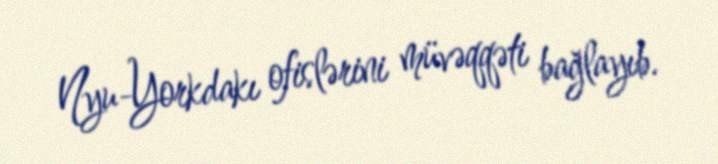
Nyu-Yorkdakı ofislərini müvəqqəti bağlayıb.